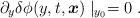
LaTeX: \begin{align*}\partial_{y} \delta\phi(y,t,\mbox{\boldmath $x$})\mid_{y_0} =0\ .\end{align*}